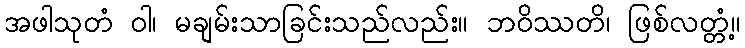
အဖါသုတံ ဝါ၊ မချမ်းသာခြင်းသည်လည်း။ ဘဝိဿတိ၊ ဖြစ်လတ္တံ့။